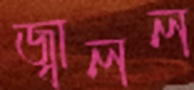
জ্বালল